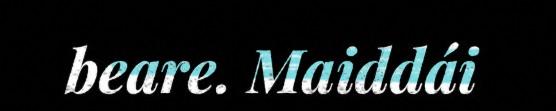
beare. Maiddái